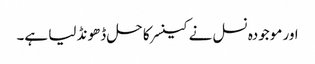
اور موجودہ نسل نے کینسر کا حل ڈھونڈ لیا ہے۔